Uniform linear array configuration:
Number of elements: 8
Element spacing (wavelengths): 1
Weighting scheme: blackman
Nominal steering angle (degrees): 60
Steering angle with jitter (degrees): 59.149
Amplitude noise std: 0.05
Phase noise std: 0.05

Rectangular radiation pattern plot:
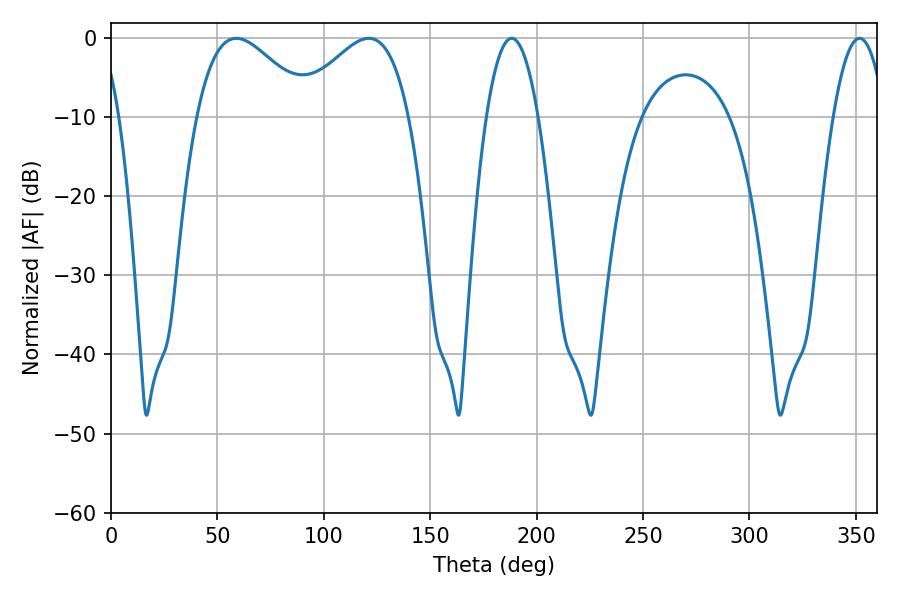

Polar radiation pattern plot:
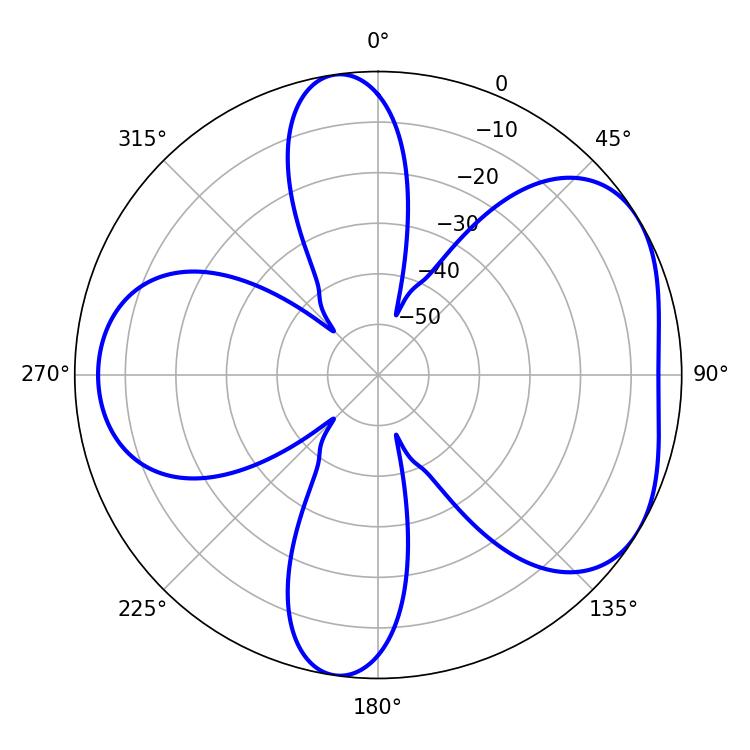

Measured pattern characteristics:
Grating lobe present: TRUE
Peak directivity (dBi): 4.725
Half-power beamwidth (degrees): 13.5
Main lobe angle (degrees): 188.28